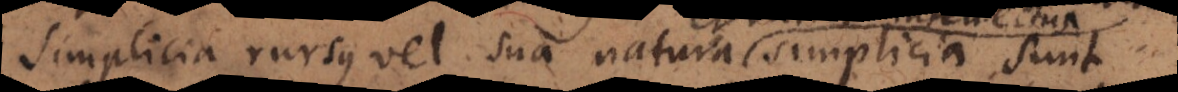
simplicia rursus vel sua natura simplicia sunt